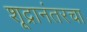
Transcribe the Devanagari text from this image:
शूद्रानंतरचा